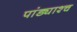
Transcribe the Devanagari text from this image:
पांड्याश्च